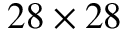
2 8 \times 2 8